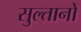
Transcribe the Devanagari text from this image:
सुल्‍तानों